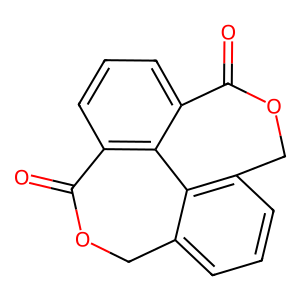
SMILES: O=C1OCc2cccc3c2-c2c1cccc2C(=O)OC3
Inhibits HIV replication: No